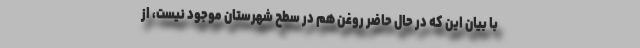
با بیان این که در حال حاضر روغن هم در سطح شهرستان موجود نیست، از